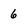
Character: 6